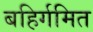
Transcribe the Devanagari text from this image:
बहिर्गमित